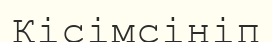
Кісімсініп